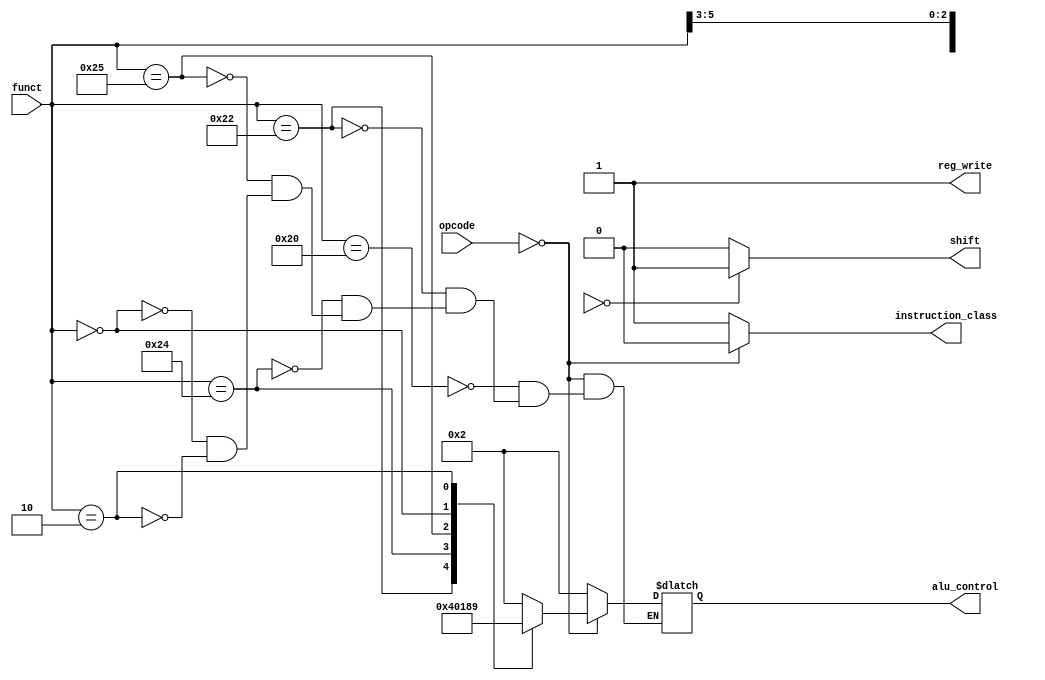
`timescale 1ns / 1ps
//////////////////////////////////////////////////////////////////////////////////
// Control Unit 

//////////////////////////////////////////////////////////////////////////////////


module control_unit(
    input [5:0] opcode,
    input [5:0] funct,
    output instruction_class,
    output reg_write,
    output shift,
    output reg [3:0] alu_control
    );
    
    assign instruction_class = (opcode == 6'b000000) ? 0:1;
    assign reg_write = 1;
    assign shift = (funct[6:3] == 4'b0000) ? 1:0;
    
    always@(*)
    begin
        if(opcode == 6'b000000)
        begin
            case(funct)
                6'b100000:
                begin
                alu_control <= 4'b0010;
                end
                6'b100010:
                begin
                alu_control <= 4'b0100;
                end
                6'b100100:
                begin
                alu_control <= 4'b0000;
                end
                6'b100101:
                begin
                alu_control <= 4'b0001;
                end
                6'b000000:
                begin
                alu_control <= 4'b1000;
                end
                6'b000010:
                begin
                alu_control <= 4'b1001;
                end
            endcase    
        end
        else
        begin
            alu_control <= 4'b0010;
        end
    end
    
endmodule